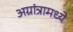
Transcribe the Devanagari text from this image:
अग्रांत्रामध्ये